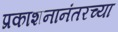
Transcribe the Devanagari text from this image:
प्रकाशनानंतरच्या